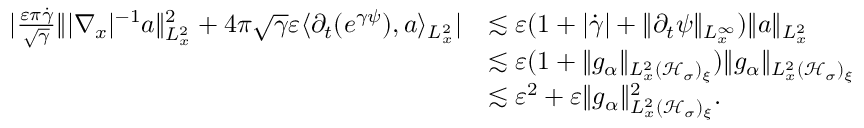
\begin{array} { r l } { | \frac { \varepsilon \pi \dot { \gamma } } { \sqrt { \gamma } } \| | \nabla _ { x } | ^ { - 1 } a \| _ { L _ { x } ^ { 2 } } ^ { 2 } + 4 \pi \sqrt { \gamma } \varepsilon \langle \partial _ { t } ( e ^ { \gamma \psi } ) , a \rangle _ { L _ { x } ^ { 2 } } | } & { \lesssim \varepsilon ( 1 + | \dot { \gamma } | + \| \partial _ { t } \psi \| _ { L _ { x } ^ { \infty } } ) \| a \| _ { L _ { x } ^ { 2 } } } \\ & { \lesssim \varepsilon ( 1 + \| g _ { \alpha } \| _ { L _ { x } ^ { 2 } ( \mathcal H _ { \sigma } ) _ { \xi } } ) \| g _ { \alpha } \| _ { L _ { x } ^ { 2 } ( \mathcal H _ { \sigma } ) _ { \xi } } } \\ & { \lesssim \varepsilon ^ { 2 } + \varepsilon \| g _ { \alpha } \| _ { L _ { x } ^ { 2 } ( \mathcal H _ { \sigma } ) _ { \xi } } ^ { 2 } . } \end{array}